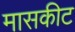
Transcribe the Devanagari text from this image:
मासकीट